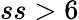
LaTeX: ss>6